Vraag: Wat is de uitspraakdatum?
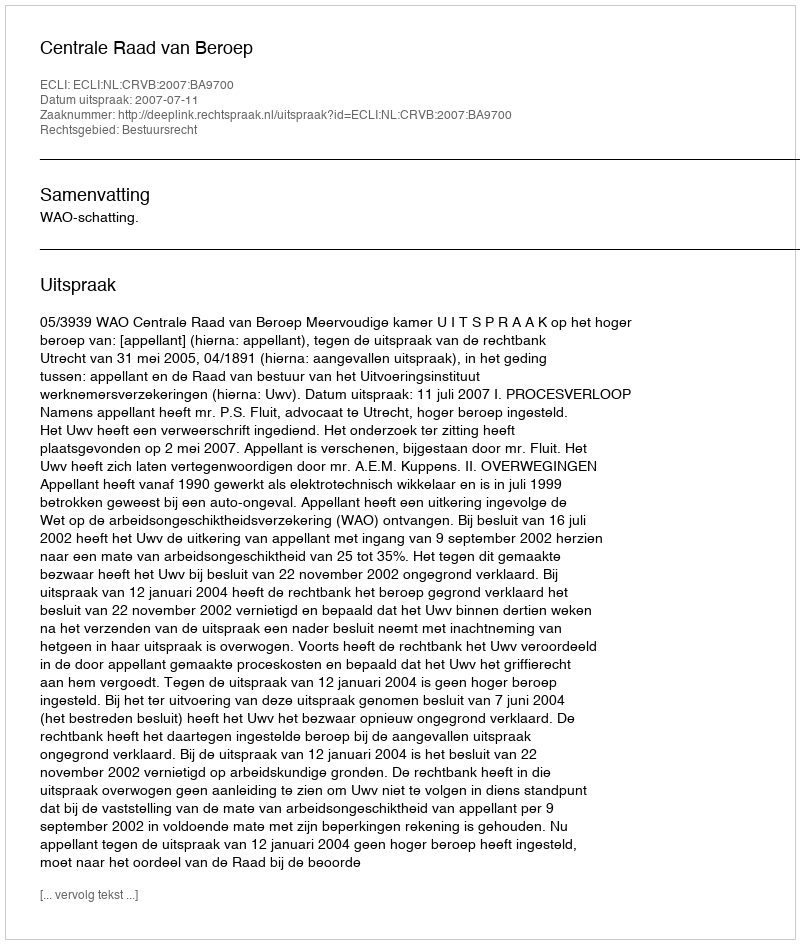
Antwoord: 2007-07-11